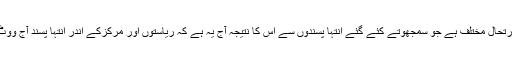
ہندوستان کے اندر صورتحال مختلف ہے جو سمجھوتے کئے گئے انتہا پسندوں سے اس کا نتیجہ آج یہ ہے کہ ریاستوں اور مرکزکے اندر انتہا پسند آج ووٹ کے ذریعے آتے ہیں۔